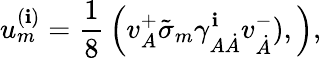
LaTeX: u_{{m}}^{{(\mathbf{i})}}={\frac{{1}}{{8}}}\left(v_{{A}}^{+}\tilde{{\sigma}}_{{m}}\gamma_{{A}{\dot{{A}}}}^{{\mathbf{i}}}v_{{\dot{{A}}}}^{{-}}),\right),